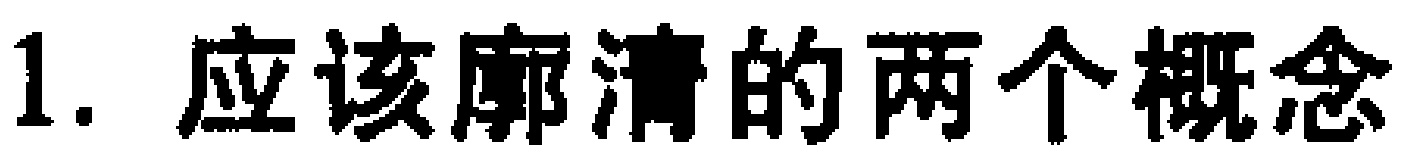
1. 应该廓清的两个概念